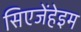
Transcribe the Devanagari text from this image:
सिएजेंहेइम